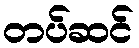
တပ်ဆင်